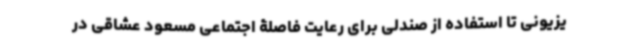
یزیونی تا استفاده از صندلی برای رعایت فاصلۀ اجتماعی مسعود عشاقی در